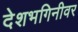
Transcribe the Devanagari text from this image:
देशभगिनीवर